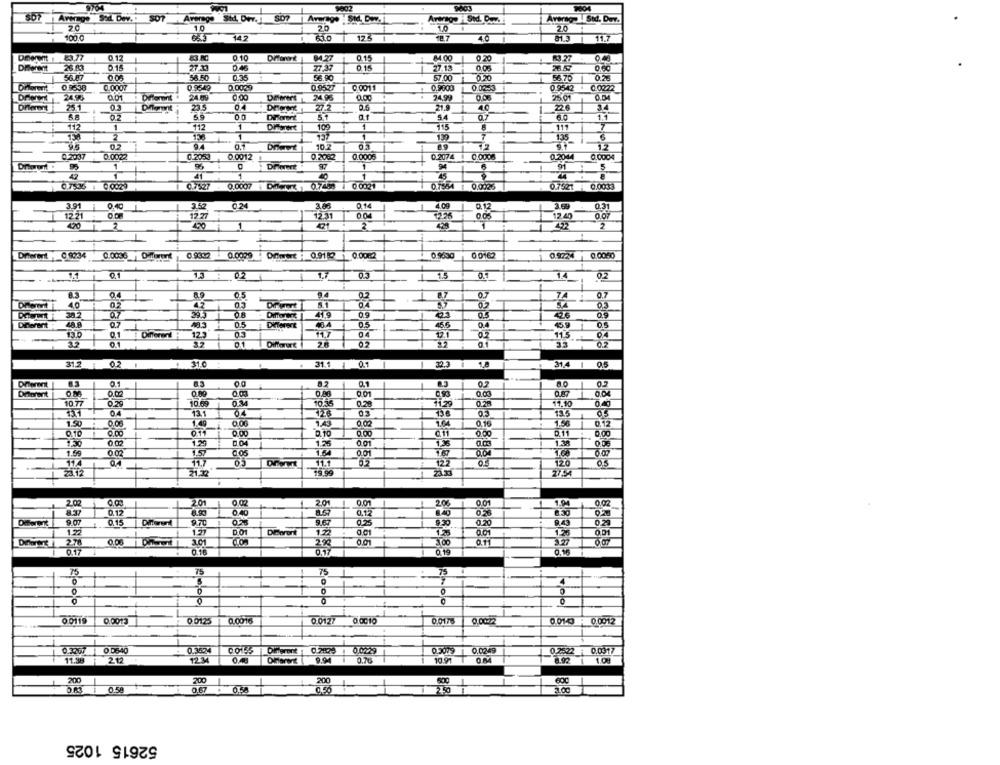
07/04
1004
507 Average St. Dev.J
Averag-1 Std. Der.
20
10
1.0 1
2.0
100.0
17:
4.6
81.3 1
11.7
Dierent : 83.77
0 12
83.RC
0.10
Difwert : 04.27
0.15
84.00
0 .20
83.27
0.46
27 3
0.15
0.05
26.57
56.87
53.00
57.00
0.20
56.70
Dirforent
0.8538
0.0029
0.0527
0 0011
0.9000
0.02.3
0.9542
24.96
Different
DAwert , 24.95
a.oc
.
24.99
0.08
0.DA
251
Different
23.5
27.2
05
21.3
4.0
5.8
59
00
44
0.7
1.1
112
1
112
1
109
1
15
111
7
150
2
138
1
130
7
135
6
0.2
94
10.2
12
0.2037
0.0022
0 2053 0.0012
0.2082
0.0006
0.2074
0.0008
0.2044
0.0004
1
Dhovert
1
91
5
45
0.7535 . 0 0029
0.7527 0.0007 : Decent 0.7405 / 00021
0.7554 1 0.0026
0.7521 - 0.0033
3.91
0.40
3.52
0.2
0.14
4.09
0.12
3.59.
0.31
1131
004
7228
0.05
17 40
0.07
I
12 21
12.27
2
2
Drierent , 0 8234
0.0036 Offrent
09312 0.0029 Ofwork : 0.910 0.00m2
0.9630
0 0162
0.9774
0.0050
1 1.5
14
0.2
13 : 02 |
1.7 1
0.4
9.4
02
74
0.7
40
Dromrt
07
41.9
20.5
Dierant
48.
07
05
Diferent
0.5
46.5
13
Different
0.3
11.5
04
0.1
Differurt
02
0.2
312 1
02
1 31.0
31.1
0.1
32.3
1.8
31,4 1
0.5
0.1
8.3
8.2
0.1
0.2
0.7
Deorant
OM
0.89
0.88
0.01
10 77
10.69
OM
10.35
129
17.10
04
13.1
04
03
03
125
1.50
1.43
0.16
0.12
0.00
1.49
1.56
0.10
0.00
01
0.00
0.00
.11
0.00
011
0.00
0 04
1.26
001
1,36
0 03
1.38
1.59
0.02
1.57
11.7
11.1
122
120
0.5
23.12
19.99
27.5
202
201
0.02
2.01
0.01
20%
0.01
1.94
8.37
0.12
0.40
0.12
8.40
026
8.30
9.67
025
9.43
Diferent
10.15
9.70
1.22
1.27
DEorant
0.01
1.26
0.01
0.01
278
0.00
2%
0.01
3.00
0.11
0.16
0.17
0.15
0.16
75
75
75
75
7
4
0
0 0119
0 0125
0.0176
0.0013
0.0016
0.0127 0.0010
0.010 - 0.0012
0.3267
0 0640
0.3524
0.3019 1
0.0249
0.2522
0.0917
11.38
2.12
12.M
0.76
10.97 1
1.0!
9.94
200
200
200
0.58
0.67
3100
52615 1025